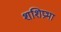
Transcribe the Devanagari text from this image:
शशिप्रभा